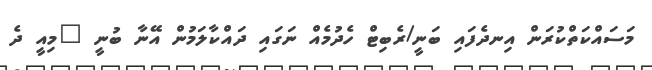
މަސައްކަތްކުރަން އިނދެފައި ބަނީ/ރެބިޓް ހެދުމެއް ނަގައި ދައްކާލަމުން އޭނާ ބުނީ "މިއީ ދެ